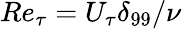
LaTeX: Re_{\tau}=U_{\tau}\delta_{99}/\nu